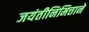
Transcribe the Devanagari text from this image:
जयंतीनिमित्ताने